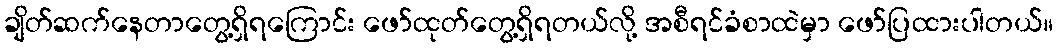
ချိတ်ဆက်နေတာတွေ့ရှိရကြောင်း ဖော်ထုတ်တွေ့ရှိရတယ်လို့ အစီရင်ခံစာထဲမှာ ဖော်ပြထားပါတယ်။